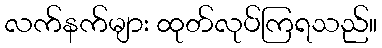
လက်နက်များ ထုတ်လုပ်ကြရသည်။